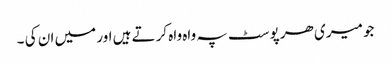
جو میری ھر پوسٹ پہ واہ واہ کرتے ہیں اور میں ان کی ۔